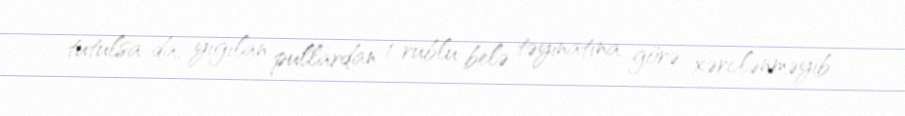
tutulsa da, yığılan pullardan 1 rublu belə təyinatına görə xərclənməyib.